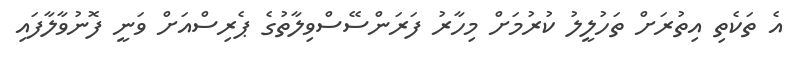
އެ ތަކެތި އިތުރަށް ތަހުލީލު ކުރުމަށް މިހާރު ފަރަންސޭސްވިލާތުގެ ޕެރިސްއަށް ވަނީ ފޮނުވާލާފައި